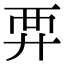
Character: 𧟤